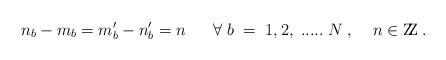
LaTeX: \begin{align*}n_b - m_b = m^\prime_b - n^\prime_b = n \;\; \; \; \; \; \forall \; b \; = \; 1,2, \; ..... \; N \; , \; \; \;\; n \in \mbox{Z\hspace{-1.35mm}Z} \; .\end{align*}